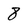
Character: 8